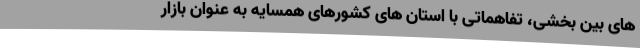
های بین بخشی، تفاهماتی با استان های کشورهای همسایه به عنوان بازار